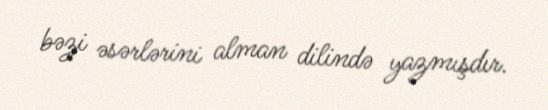
bəzi əsərlərini alman dilində yazmışdır.